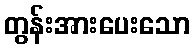
တွန်းအားပေးသော